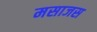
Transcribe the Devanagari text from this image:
मसाजस